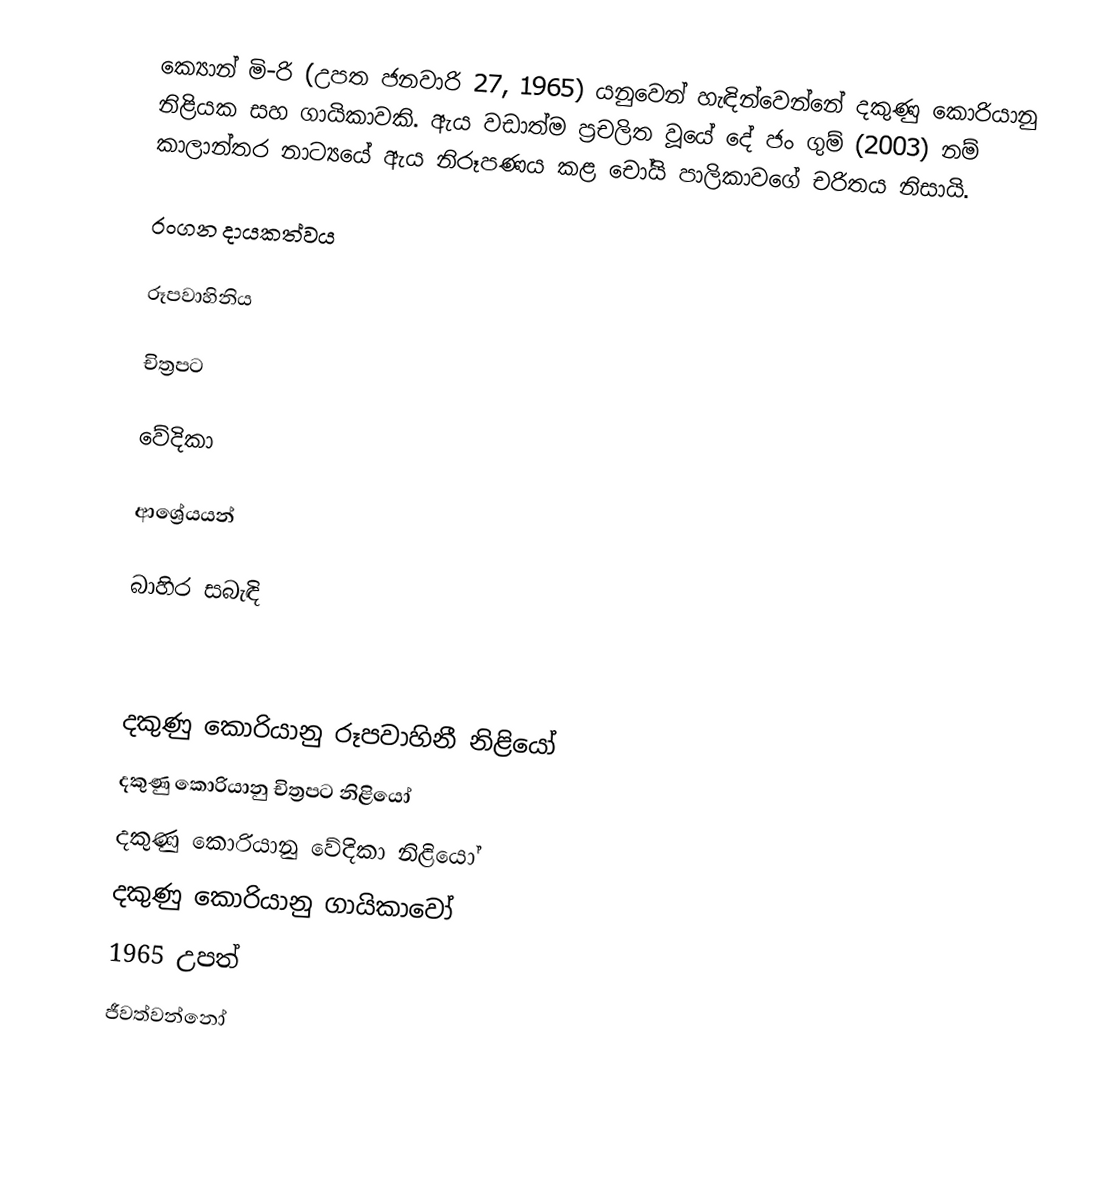
ක්‍යොන් මි-රි (උපත ජනවාරි 27, 1965) යනුවෙන් හැඳින්වෙන්නේ දකුණු කොරියානු නිළියක සහ ගායිකාවකි. ඇය වඩාත්ම ප්‍රචලිත වූයේ දේ ජං ගුම් (2003) නම් කාලාන්තර නාට්‍යයේ ඇය නිරූපණය කළ චෝයි පාලිකාවගේ චරිතය නිසායි.

රංගන දායකත්වය

රූපවාහිනිය

චිත්‍රපට

වේදිකා

ආශ්‍රේයයන්

බාහිර සබැඳි

දකුණු කොරියානු රූපවාහිනී නිළියෝ
දකුණු කොරියානු චිත්‍රපට නිළියෝ
දකුණු කොරියානු වේදිකා නිළියෝ
දකුණු කොරියානු ගායිකාවෝ
1965 උපත්
ජීවත්වන්නෝ